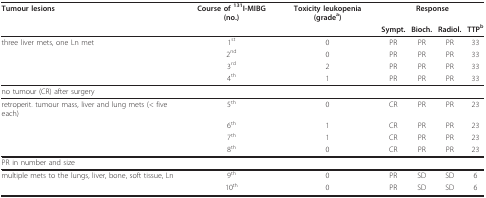
<table><thead><tr><td><b>Tumour lesions</b></td><td><b>Course of <sup>131</sup>I-MIBG (no.)</b></td><td><b>Toxicity leukopenia (grade<sup>a</sup>)</b></td><td colspan="4"><b>Response</b></td></tr><tr><td></td><td></td><td></td><td><b>Sympt.</b></td><td><b>Bioch.</b></td><td><b>Radiol.</b></td><td><b>TTP<sup>b</sup></b></td></tr></thead><tbody><tr><td>three liver mets, one Ln met</td><td>1<sup>st</sup></td><td>0</td><td>PR</td><td>PR</td><td>PR</td><td>33</td></tr><tr><td></td><td>2<sup>nd</sup></td><td>0</td><td>PR</td><td>PR</td><td>PR</td><td>33</td></tr><tr><td></td><td>3<sup>rd</sup></td><td>2</td><td>PR</td><td>PR</td><td>PR</td><td>33</td></tr><tr><td></td><td>4<sup>th</sup></td><td>1</td><td>PR</td><td>PR</td><td>PR</td><td>33</td></tr><tr><td colspan="7">no tumour (CR) after surgery</td></tr><tr><td>retroperit. tumour mass, liver and lung mets (&lt; five each)</td><td>5<sup>th</sup></td><td>0</td><td>CR</td><td>PR</td><td>PR</td><td>23</td></tr><tr><td></td><td>6<sup>th</sup></td><td>1</td><td>CR</td><td>PR</td><td>PR</td><td>23</td></tr><tr><td></td><td>7<sup>th</sup></td><td>1</td><td>CR</td><td>PR</td><td>PR</td><td>23</td></tr><tr><td></td><td>8<sup>th</sup></td><td>0</td><td>CR</td><td>PR</td><td>PR</td><td>23</td></tr><tr><td colspan="7">PR in number and size</td></tr><tr><td>multiple mets to the lungs, liver, bone, soft tissue, Ln</td><td>9<sup>th</sup></td><td>0</td><td>PR</td><td>SD</td><td>SD</td><td>6</td></tr><tr><td></td><td>10<sup>th</sup></td><td>0</td><td>PR</td><td>SD</td><td>SD</td><td>6</td></tr></tbody></table>